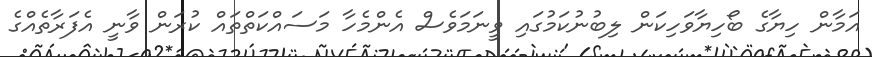
އަމާން ހިޔާގެ ބޯހިޔާވަހިކަން ލިބުނުކަމުގައި ވީނަމަވެސް އެންމެހާ މަސައްކަތްތައް ކުރަން ވާނީ އެފަރާތެއްގެ